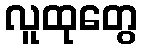
လူထုတွေ